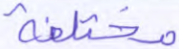
مختلفة